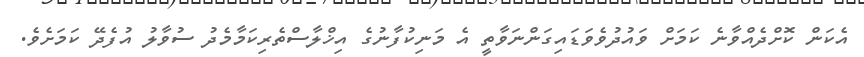
އެކަން ކޮށްދެއްވާނެ ކަމަށް ވައުދުވެވަޑައިގަންނަވާތީ އެ މަނިކުފާނުގެ އިޚްލާސްތެރިކަމާމެދު ސުވާލު އުފެދޭ ކަމަށެވެ.